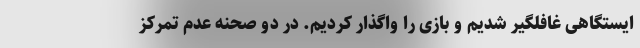
ایستگاهی غافلگیر شدیم و بازی را واگذار کردیم. در دو صحنه عدم تمرکز